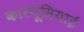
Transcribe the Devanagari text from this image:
कारथूसियाई